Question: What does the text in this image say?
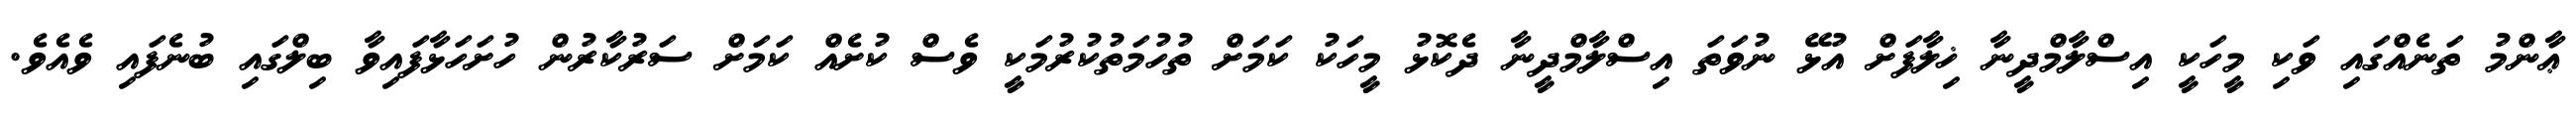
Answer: ޢާންމު ތަނެއްގައި ވަކި މީހަކީ އިސްލާމްދީނާ ޚިލާފަށް އުޅޭ ނުވަތަ އިސްލާމްދީނާ ދެކޮޅު މީހަކު ކަމަށް ތުހުމަތުކުރުމަކީ ވެސް ކުށެއް ކަމަށް ސަރުކާރުން ހުށަހަޅާފައިވާ ބިލްގައި ބުނެފައި ވެއެވެ.